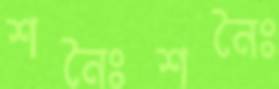
শনৈঃশনৈঃ